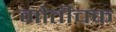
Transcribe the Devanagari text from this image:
मोतीचक